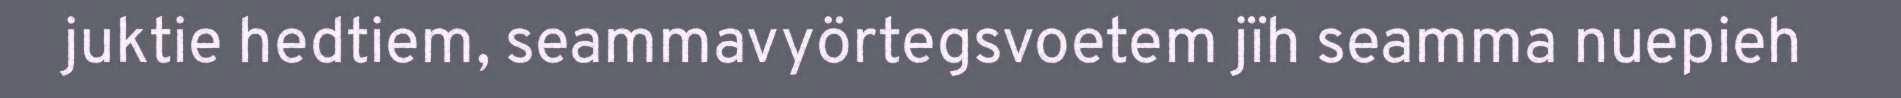
juktie hedtiem, seammavyörtegsvoetem jïh seamma nuepieh